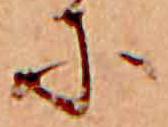
に